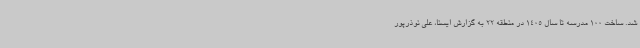
شد. ساخت 100 مدرسه تا سال 1405 در منطقه 22 به گزارش ایسنا، علی نوذرپور